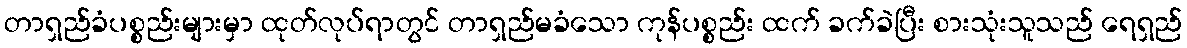
တာရှည်ခံပစ္စည်းများမှာ ထုတ်လုပ်ရာတွင် တာရှည်မခံသော ကုန်ပစ္စည်း ထက် ခက်ခဲပြီး စားသုံးသူသည် ရေရှည်